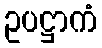
ဥပဋ္ဌာကံ